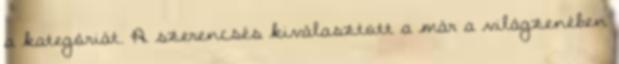
a kategóriát. A szerencsés kiválasztott a már a világzenében